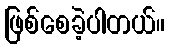
ဖြစ်စေခဲ့ပါတယ်။